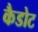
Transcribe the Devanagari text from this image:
कैडोट